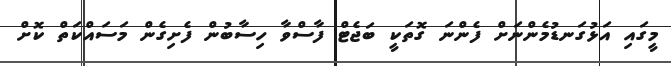
މީގައި އަޅުގަނޑުމެންނަށް ފެންނަ ގޮތަކީ ބަޖެޓް ފާސްވާ ހިސާބުން ފެށިގެން މަސައްކަތް ކޮށް